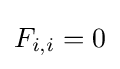
F_{i,i}=0\,\!